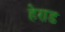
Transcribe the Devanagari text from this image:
हेराड